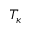
T _ { \kappa }